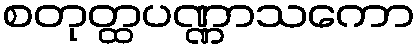
စတုတ္ထပဏ္ဏာသကော